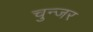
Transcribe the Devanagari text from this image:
चुन्जर